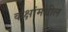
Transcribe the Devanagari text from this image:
कक्षांमधील